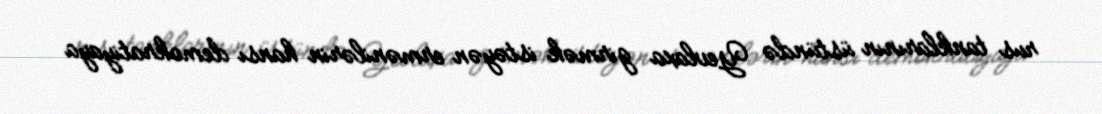
rus tanklarının üstündə Yevlaxa girmək istəyən ermənilərin hansı demokratiyaya